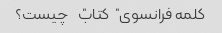
کلمه فرانسوی "کتاب" چیست؟